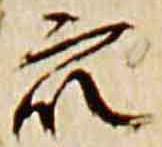
衆